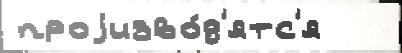
проjизво́д'ятс'я